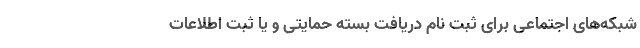
شبکه‌های اجتماعی برای ثبت نام دریافت بسته حمایتی و یا ثبت اطلاعات